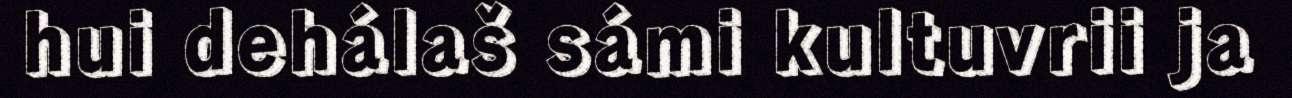
hui dehálaš sámi kultuvrii ja